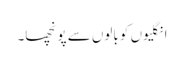
انگلیوں کو بالوں سے پونچھا۔